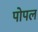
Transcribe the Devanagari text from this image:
पोपल